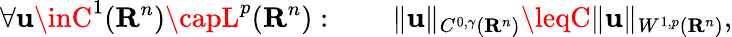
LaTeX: \forall\mathbf{u}\inC^{1}(\mathbf{{R}}^{n})\capL^{p}(\mathbf{{R}}^{n}):\qquad\| \mathbf{u}\| _{C^{0,\gamma}(\mathbf{{R}}^{n})}\leqC\| \mathbf{u}\| _{W^{1,p}(\mathbf{{R}}^{n})},